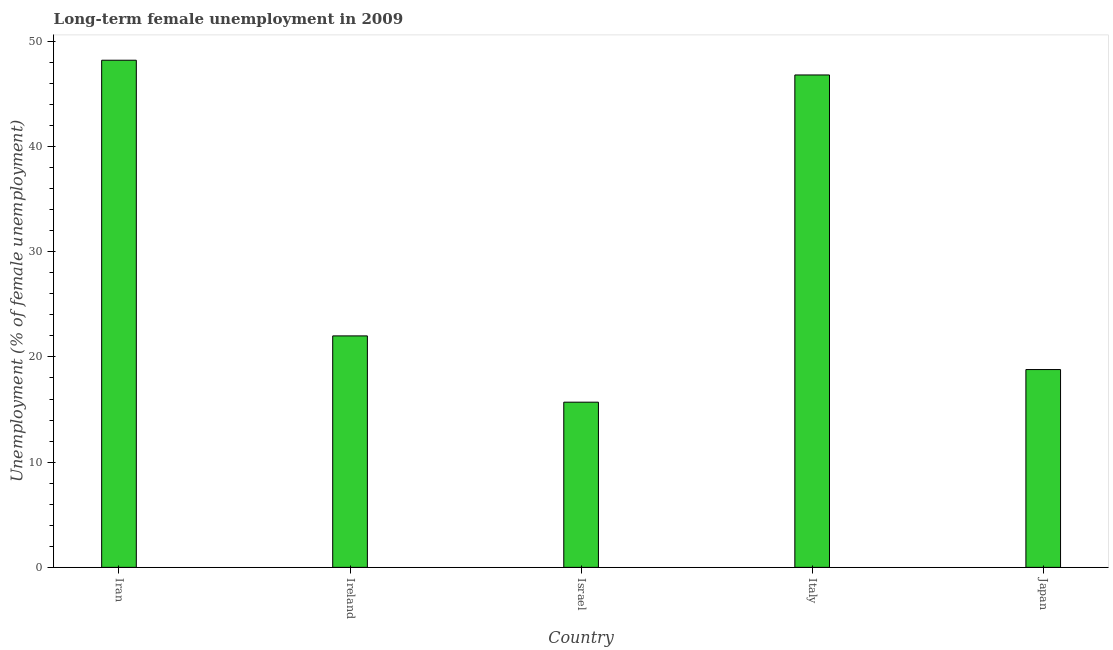
| Country | Long-term unemployment female |
 | --- | --- |
 | Iran | 48.2 |
 | Ireland | 22 |
 | Israel | 15.7 |
 | Italy | 46.8 |
 | Japan | 18.8 |